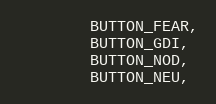
Language: C++
		BUTTON_FEAR,
		BUTTON_GDI,
		BUTTON_NOD,
		BUTTON_NEU,